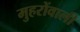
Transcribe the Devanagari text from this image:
मुहरोंवाली